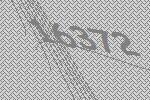
16372